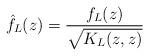
LaTeX: \begin{align*} \hat f_L(z)=\frac{f_L(z)}{\sqrt{K_L(z,z)}}\end{align*}